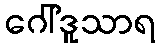
ဂေါ်ဒူသာရ